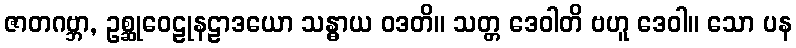
ဇာတဂဗ္ဘာ, ဥစ္ဆုဝေဠုနဠာဒယော သန္ဓာယ ဝဒတိ။ သတ္တ ဒေဝါတိ ဗဟူ ဒေဝါ။ သော ပန